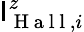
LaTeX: \mathsf{I}_{\mathrm{{~H~a~l~l~}},i}^{z}